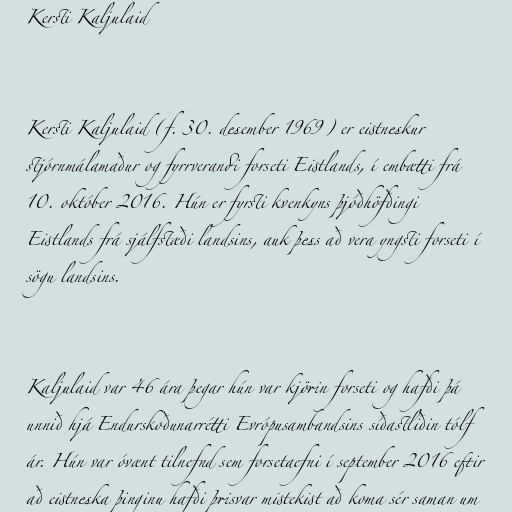
Kersti Kaljulaid

Kersti Kaljulaid (f. 30. desember 1969) er eistneskur
stjórnmálamaður og fyrrverandi forseti Eistlands, í embætti frá
10. október 2016. Hún er fyrsti kvenkyns þjóðhöfðingi
Eistlands frá sjálfstæði landsins, auk þess að vera yngsti forseti í
sögu landsins.

Kaljulaid var 46 ára þegar hún var kjörin forseti og hafði þá
unnið hjá Endurskoðunarrétti Evrópusambandsins síðastliðin tólf
ár. Hún var óvænt tilnefnd sem forsetaefni í september 2016 eftir
að eistneska þinginu hafði þrisvar mistekist að koma sér saman um